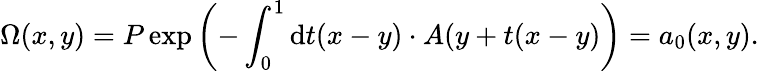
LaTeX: \Omega(x,y)=P\exp\left(-\int_{0}^{1}\mathrm{d}t(x-y)\cdot A(y+t(x-y)\right)=a_{0}(x,y).